Lunatic asylums Burma 1907-21 - 1907-1921
Year: 1907
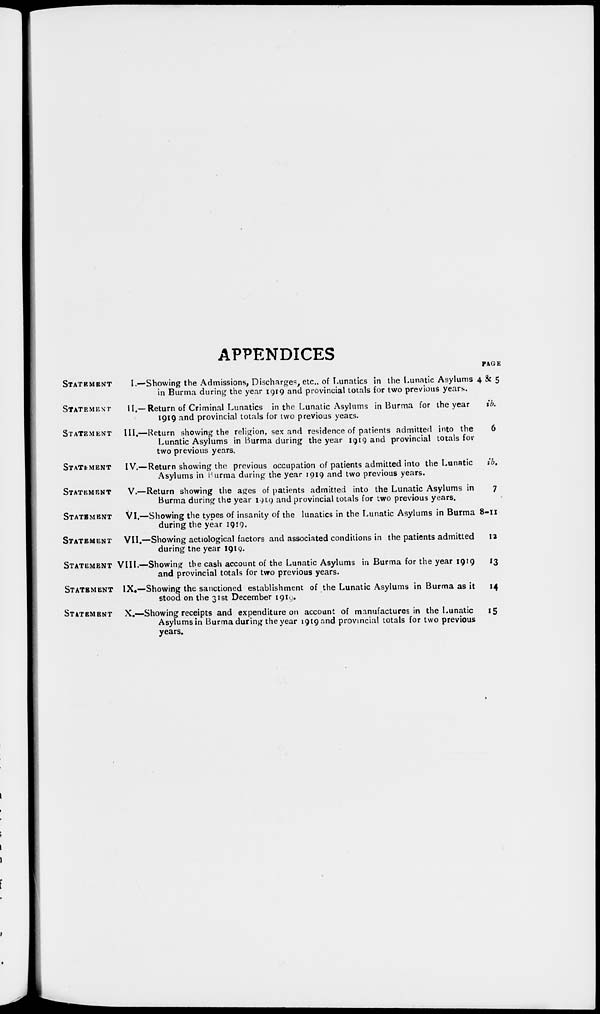
APPENDICES
STATEMENT
I.—
STATEMENT
II.—
STATEMENT III.—
STATEMENT IV.—
STATEMENT
V.—
STATEMENT VI.—
STATEMENT VII.—
STATEMENT VIII.—
STATEMENT IX.—
STATEMENT X.—
Showing the Admissions, Discharges, etc., of Lunatics in the Lunatic Asylums
in Burma during the year 1919 and provincial totals for two previous years.
Return of Criminal Lunatics in the Lunatic Asylums in Burma for the year
1919 and provincial totals for two previous years.
Return showing the religion, sex and residence of patients admitted into the
Lunatic Asylums in Burma during the year 1919 and provincial totals for
two previous years.
Return showing the previous occupation of patients admitted into the Lunatic
Asylums in Burma during the year 1919 and two previous years.
Return showing the ages of patients admitted into the Lunatic Asylums in
Burma during the year 1919 and provincial totals for two previous years.
Showing the types of insanity of the lunatics in the Lunatic Asylums in Burma
during the year 1919.
Showing aetiological factors and associated conditions in the patients admitted
during the year 1919.
Showing the cash account of the Lunatic Asylums in Burma for the year 1919
and provincial totals for two previous years.
Showing the sanctioned establishment of the Lunatic Asylums in Burma as it
stood on the 31st December 1919.
Showing receipts and expenditure on account of manufactures in the Lunatic
Asylums in Burma during the year 1919 and provincial totals for two previous
years.
PAGE
4 & 5
ib.
6
ib.
7
8-11
12
13
14
15